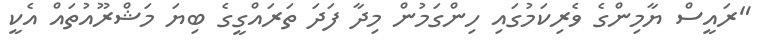
"ރައީސް ޔާމިންގެ ވެރިކަމުގައި ހިންގަމުން މިދާ ފަދަ ތަރައްގީގެ ބިޔަ މަޝްރޫއުތައް އެކީ